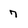
Character: 7